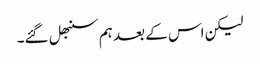
لیکن اس کے بعد ہم سنبھل گئے۔